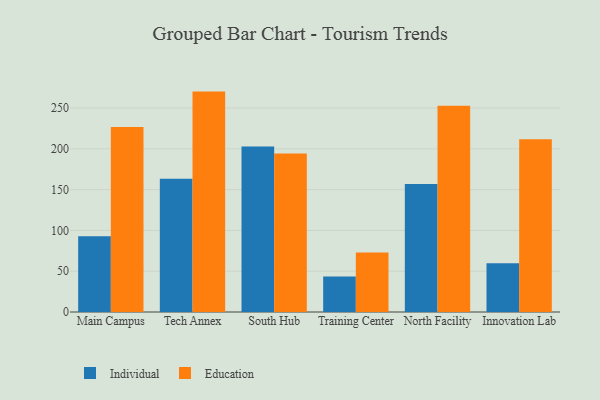
{"axis": {"x": "Campus", "y": "Waste Production (Tons)"}, "legend": ["Education", "Individual"], "data": [{"x": "Main Campus", "y": 92.9, "type": "Individual"}, {"x": "Main Campus", "y": 226.9, "type": "Education"}, {"x": "Tech Annex", "y": 163.5, "type": "Individual"}, {"x": "Tech Annex", "y": 270.2, "type": "Education"}, {"x": "South Hub", "y": 202.8, "type": "Individual"}, {"x": "South Hub", "y": 194.3, "type": "Education"}, {"x": "Training Center", "y": 43.6, "type": "Individual"}, {"x": "Training Center", "y": 73.0, "type": "Education"}, {"x": "North Facility", "y": 157.0, "type": "Individual"}, {"x": "North Facility", "y": 252.7, "type": "Education"}, {"x": "Innovation Lab", "y": 59.9, "type": "Individual"}, {"x": "Innovation Lab", "y": 211.7, "type": "Education"}]}